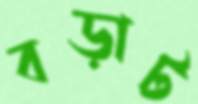
বড়াট